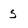
Character: s